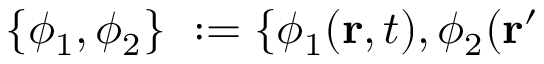
\{ \phi _ { 1 } , \phi _ { 2 } \} \ : = \{ \phi _ { 1 } ( { \bf r } , t ) , \phi _ { 2 } ( { \bf r ^ { \prime } }